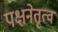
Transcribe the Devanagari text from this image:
पक्षनेतृत्व